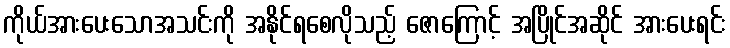
ကိုယ်အားပေးသောအသင်းကို အနိုင်ရစေလိုသည့် ဇောကြောင့် အပြိုင်အဆိုင် အားပေးရင်း